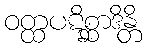
ဝတ္ထပဋိစ္ဆာဒိန္တိ